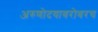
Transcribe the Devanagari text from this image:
अरुणोदयाबरोबरच